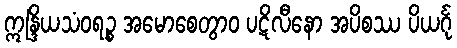
ဣန္ဒြိယသံဝရဉ္စ အမောစေတွာဝ ပဋိလီနော အပိစဿ ပိယင်္ဂု